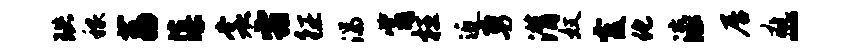
珙稼荔藻裳霜征湍觜枉近勇潸奴霞化漆居疵-